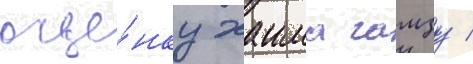
оце́нку хаима гамзу /